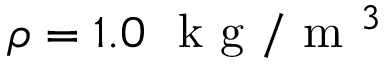
\rho = 1 . 0 \ \mathrm { ~ k ~ g ~ } / \mathrm { ~ m ~ } ^ { 3 }